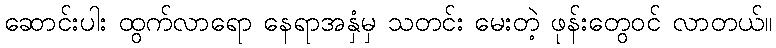
ဆောင်းပါး ထွက်လာရော နေရာအနှံမှ သတင်း မေးတဲ့ ဖုန်းတွေဝင် လာတယ်။